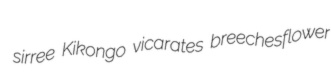
sirree Kikongo vicarates breechesflower